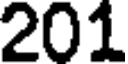
201